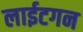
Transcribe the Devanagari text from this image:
लाईटगन